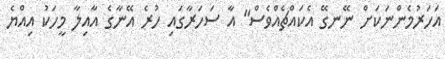
އަހަރުމެންނަކަށް ނޭނގޭ އެކައްޗެއްވެސް" އާ ސަހަރާގައި ހުރެ އޭނާގެ އާއިލާ މީހަކު އިއްޔެ